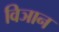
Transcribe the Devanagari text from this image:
विञान